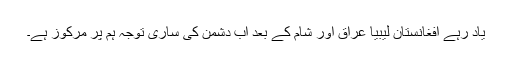
یاد رہے افغانستان لیبیا عراق اور شام کے بعد اب دشمن کی ساری توجہ ہم پر مرکوز ہے۔